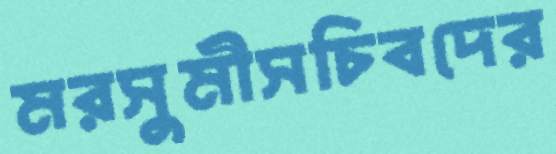
মরসুমীসচিবদের